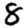
Digit: 8